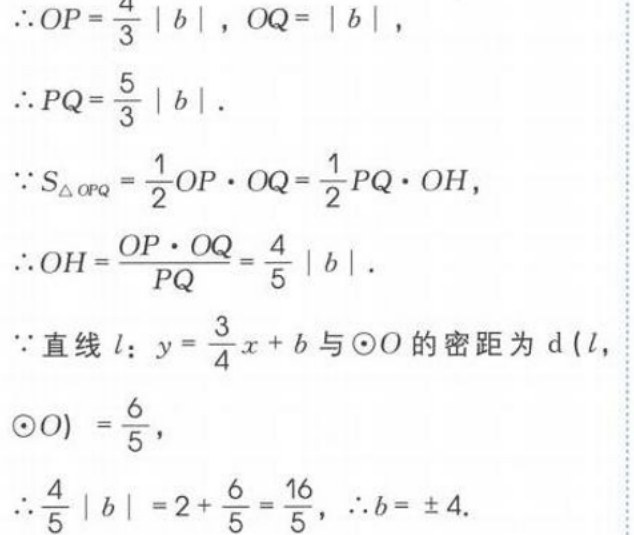
\(\therefore OP=\frac{4}{3}\vert b\vert\)，\(OQ = \vert b\vert\)，
\(\therefore PQ=\frac{5}{3}\vert b\vert\).
\(\because S_{\triangle OPQ}=\frac{1}{2}OP\cdot OQ=\frac{1}{2}PQ\cdot OH\)，
\(\therefore OH=\frac{OP\cdot OQ}{PQ}=\frac{4}{5}\vert b\vert\).
\(\because\)直线\(l:y = \frac{3}{4}x + b\)与\(\odot O\)的密距为\(d(l,\odot O)=\frac{6}{5}\)，
\(\therefore\frac{4}{5}\vert b\vert=2+\frac{6}{5}=\frac{16}{5}\)，\(\therefore b = \pm4\).